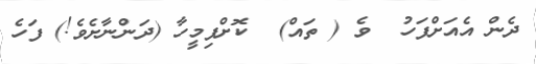
ދެން އެއަށްފަހު  ވެ ( ތައް)  ކޮށްފިމީހާ (ދަންނާށެވެ!) ފަހެ